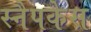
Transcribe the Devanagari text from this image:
स्नैपकेस